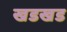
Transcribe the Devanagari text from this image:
खडखड